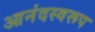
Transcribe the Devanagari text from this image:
आनंदस्वरूप